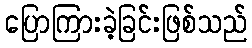
ပြောကြားခဲ့ခြင်းဖြစ်သည်